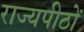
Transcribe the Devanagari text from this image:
राज्यपीठों